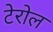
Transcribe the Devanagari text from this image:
टेरोल